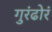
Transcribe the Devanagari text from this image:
गुरंढोरं